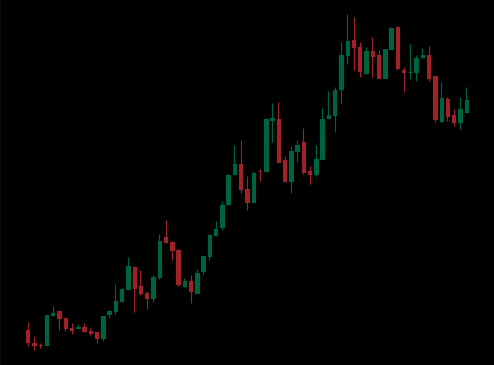
Pattern: bear_flag